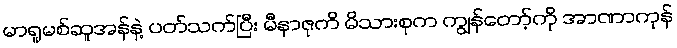
မာရူမစ်ဆူအန်နဲ့ ပတ်သက်ပြီး မီနာဇုကိ မိသားစုက ကျွန်တော့်ကို အာဏာကုန်